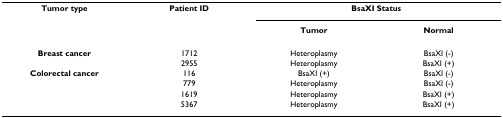
<table><thead><tr><td><b>Tumor type</b></td><td><b>Patient ID</b></td><td colspan="2"><b>BsaXI Status</b></td></tr><tr><td></td><td></td><td><b>Tumor</b></td><td><b>Normal</b></td></tr></thead><tbody><tr><td><b>Breast cancer</b></td><td>1712</td><td>Heteroplasmy</td><td>BsaXI (-)</td></tr><tr><td></td><td>2955</td><td>Heteroplasmy</td><td>BsaXI (+)</td></tr><tr><td><b>Colorectal cancer</b></td><td>116</td><td>BsaXI (+)</td><td>BsaXI (-)</td></tr><tr><td></td><td>779</td><td>Heteroplasmy</td><td>BsaXI (-)</td></tr><tr><td></td><td>1619</td><td>Heteroplasmy</td><td>BsaXI (+)</td></tr><tr><td></td><td>5367</td><td>Heteroplasmy</td><td>BsaXI (+)</td></tr></tbody></table>